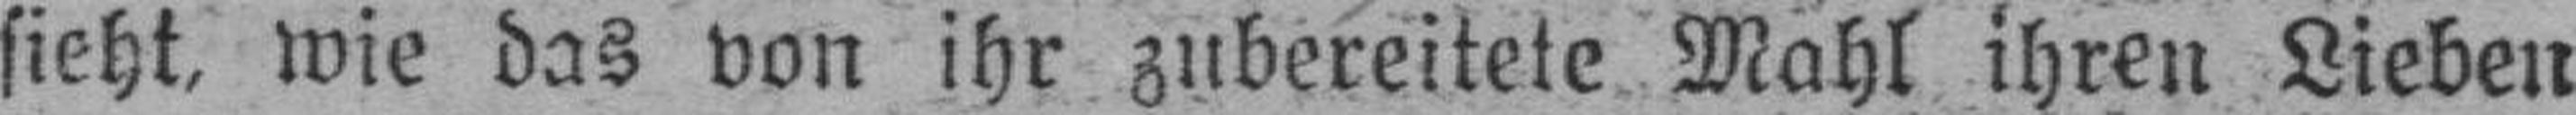
sieht, wie das von ihr zubereitete Mahl ihren Lieben